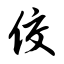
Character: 佼